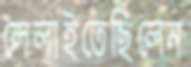
লেলাইতেছিলেন